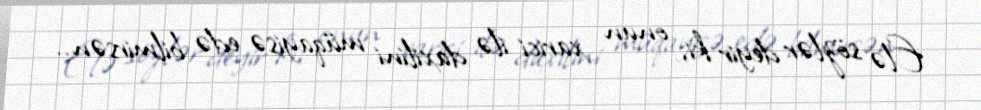
Elə sözlər deyir ki, onun xarici ilə daxilini müqayisə edə bilmirsən..